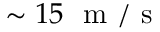
\sim 1 5 ~ \mathrm { ~ m ~ / ~ s ~ }